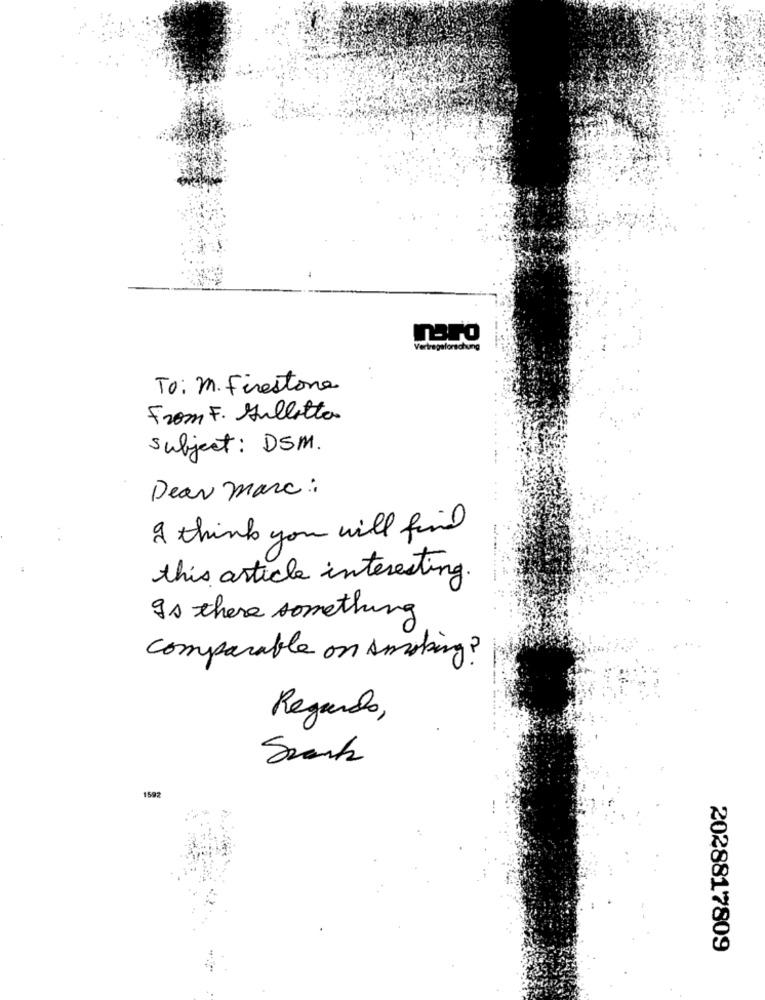
maro
To: m. Firestone
From F. Hullotta
subject: DSM.
Dear marc :
I think you will find
..
this article interesting.
Is there something
comparable on smoking?
Regando,
1592
2028817809